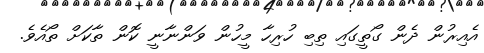
އެއިރުން ދެން ގޯތީގައި ތިބި ހުރިހާ މީހުން ވަންނާނީ ކޮން ތާކަށް ތޯއެވެ.